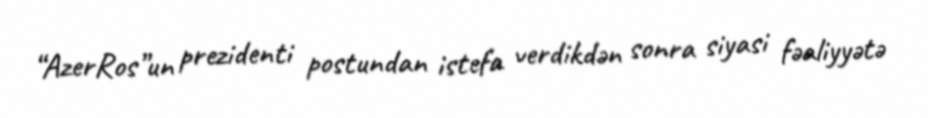
“AzerRos”un prezidenti postundan istefa verdikdən sonra siyasi fəaliyyətə